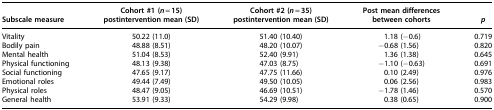
<table><thead><tr><td><b>Subscale measure</b></td><td><b>Cohort #1 (<i>n</i> = 15) postintervention mean (SD)</b></td><td><b>Cohort #2 (<i>n</i> = 35) postintervention mean (SD)</b></td><td><b>Post mean differences between cohorts</b></td><td><b><i>p</i></b></td></tr></thead><tbody><tr><td>Vitality</td><td>50.22 (11.0)</td><td>51.40 (10.40)</td><td>1.18 (−0.6)</td><td>0.719</td></tr><tr><td>Bodily pain</td><td>48.88 (8.51)</td><td>48.20 (10.07)</td><td>−0.68 (1.56)</td><td>0.820</td></tr><tr><td>Mental health</td><td>51.04 (8.53)</td><td>52.40 (9.91)</td><td>1.36 (1.38)</td><td>0.645</td></tr><tr><td>Physical functioning</td><td>48.13 (9.38)</td><td>47.03 (8.75)</td><td>−1.10 (−0.63)</td><td>0.691</td></tr><tr><td>Social functioning</td><td>47.65 (9.17)</td><td>47.75 (11.66)</td><td>0.10 (2.49)</td><td>0.976</td></tr><tr><td>Emotional roles</td><td>49.44 (7.49)</td><td>49.50 (10.05)</td><td>0.06 (2.56)</td><td>0.983</td></tr><tr><td>Physical roles</td><td>48.47 (9.05)</td><td>46.69 (10.51)</td><td>−1.78 (1.46)</td><td>0.570</td></tr><tr><td>General health</td><td>53.91 (9.33)</td><td>54.29 (9.98)</td><td>0.38 (0.65)</td><td>0.900</td></tr></tbody></table>